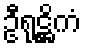
ဦရုဋ္ဌိကံ